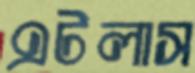
এটলাস